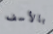
بالأسف